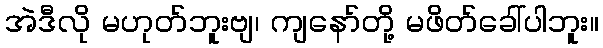
အဲဒီလို မဟုတ်ဘူးဗျ၊ ကျနော်တို့ မဖိတ်ခေါ်ပါဘူး။